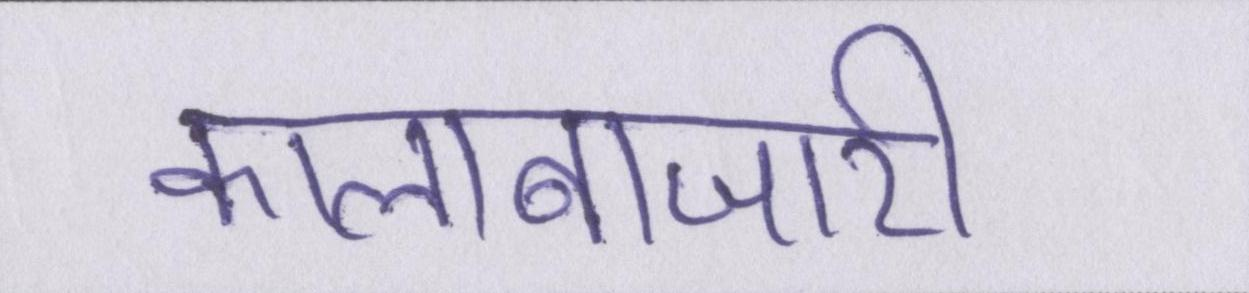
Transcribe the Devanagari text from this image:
कालाबाजारी